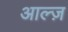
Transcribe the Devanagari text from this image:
आल्ज़